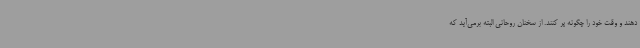
دهند و وقت خود را چگونه پر کنند. از سخنان روحانی البته برمی‌آید که